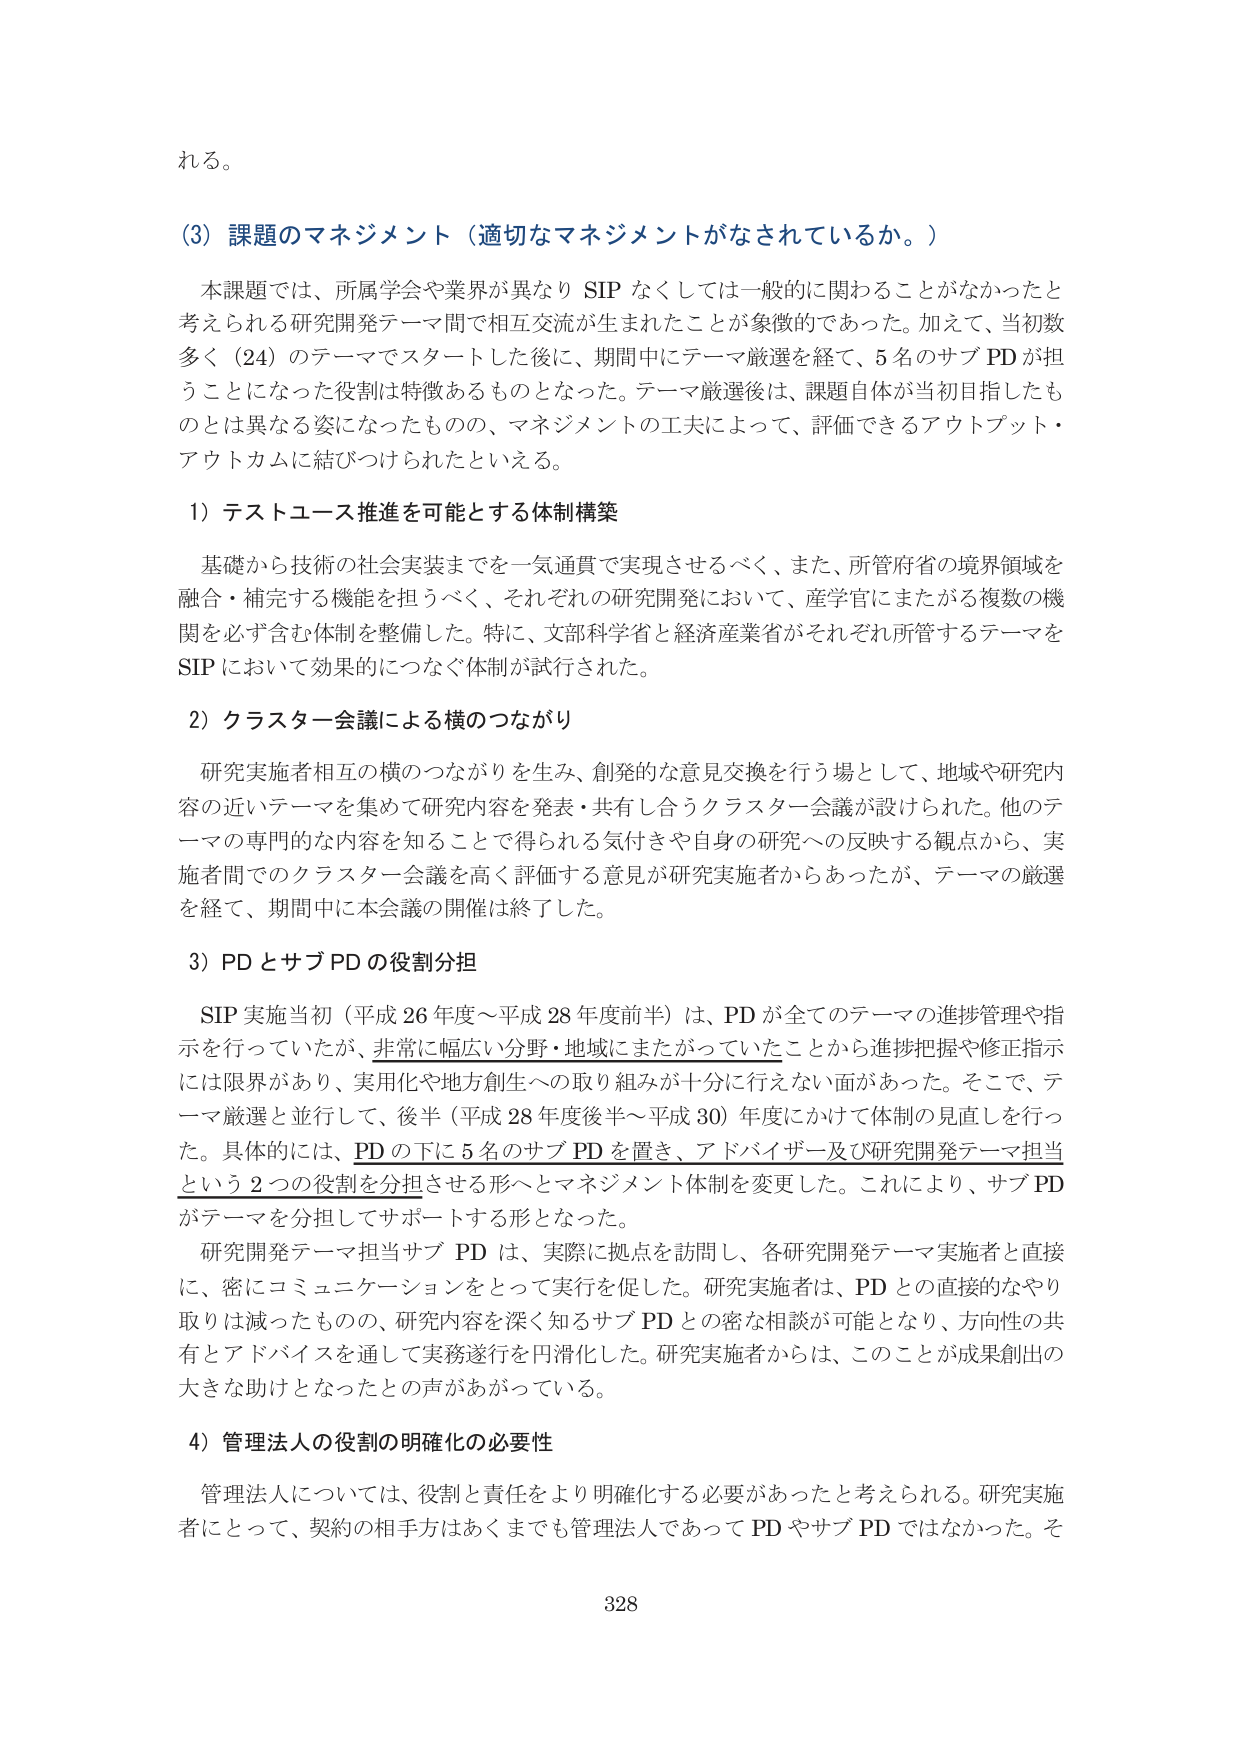
れる。

（3）課題のマネジメント（適切なマネジメントがなされているか。）

本課題では、所属学会や業界が異なり SIP なくしては一般的に関わることがなかったと考えられる研究開発テーマ間で相互交流が生まれたことが象徴的であった。加えて、当初数多く（24）のテーマでスタートした後に、期間中にテーマ厳選を経て、5 名のサブ PD が担うことになった役割は特徴あるものとなった。テーマ厳選後は、課題自体が当初目指したものとは異なる姿になったものの、マネジメントの工夫によって、評価できるアウトプット・アウトカムに結びつけられたといえる。

1）テストユース推進を可能とする体制構築

基礎から技術の社会実装までを一気通貫で実現させるべく、また、所管府省の境界領域を融合・補完する機能を担うべく、それぞれの研究開発において、産学官がまたがる複数の機関を必ず含む体制を整備した。特に、文部科学省と経済産業省がそれぞれ所管するテーマを SIP において効果的につなぐ体制が試行された。

2）クラスター会議による横のつながり

研究実施者相互の横のつながりを生み、創発的な意見交換を行う場として、地域や研究内容の近いテーマを集めて研究内容を発表・共有し合うクラスター会議が設けられた。他のテーマの専門的な内容を知ることで得られる気付きや自身の研究への反映する観点から、実施者間でのクラスター会議を高く評価する意見が研究実施者からあったが、テーマの厳選を経て、期間中に本会議の開催は終了した。

3）PD とサブ PD の役割分担

SIP 実施当初（平成 26 年度～平成 28 年度前半）は、PD が全てのテーマの進捗管理や指示を行っていたが、非常に幅広い分野・地域にまたがっていたことから進捗把握や修正指示には限界があり、実用化や地方創生への取り組みが十分に行えない面があった。そこで、テーマ厳選と並行して、後半（平成 28 年度後半～平成 30）年度にかけて体制の見直しを行った。具体的には、PD の下に 5 名のサブ PD を置き、アドバイザー及び研究開発テーマ担当という 2 つの役割を分担させる形へとマネジメント体制を変更した。これにより、サブ PD がテーマを分担してサポートする形となった。

研究開発テーマ担当サブ PD は、実際に拠点を訪問し、各研究開発テーマ実施者と直接に、密にコミュニケーションをとって実行を促した。研究実施者は、PD との直接的なやり取りは減ったものの、研究内容を深く知るサブ PD との密な相談が可能となり、方向性の共有とアドバイスを通して実務遂行を円滑化した。研究実施者からは、このことが成果創出の大きな助けとなったとの声があがっている。

4）管理法人の役割の明確化の必要性

管理法人については、役割と責任をより明確化する必要があったと考えられる。研究実施者にとって、契約の相手方はあくまでも管理法人であって PD やサブ PD ではなかった。そ

328